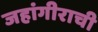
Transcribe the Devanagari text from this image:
जहांगीराची